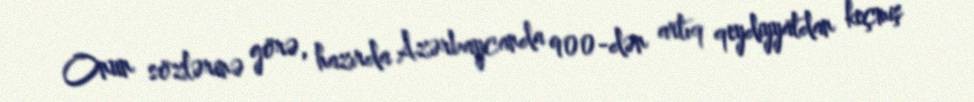
Onun sözlərinə görə, hazırda Azərbaycanda 900-dən artıq qeydiyyatdan keçmiş